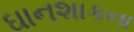
ઘાનશાકના